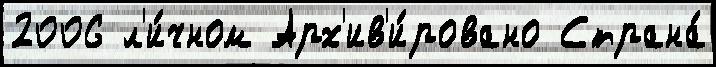
2006 л'и́чном Арх'ив'и́ровано Страна́